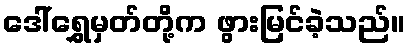
ဒေါ်ရွှေမှတ်တို့က ဖွားမြင်ခဲ့သည်။